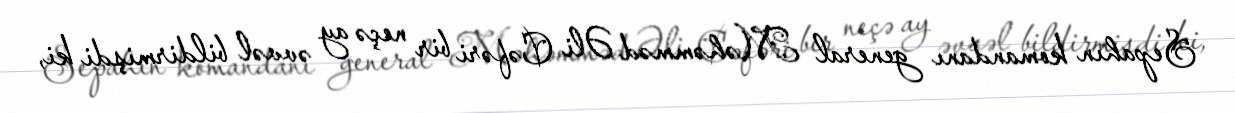
Sepahın komandanı general Məhəmməd Əli Cəfəri bir neçə ay əvvəl bildirmişdi ki,